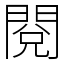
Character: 閱